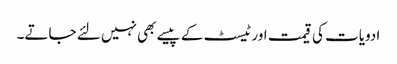
ادویات کی قیمت اور ٹیسٹ کے پیسے بھی نہیں لئے جاتے۔